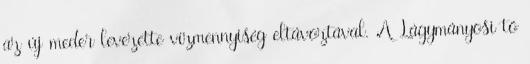
az új meder levezette vízmennyiség eltávoztával. A Lágymányosi tó